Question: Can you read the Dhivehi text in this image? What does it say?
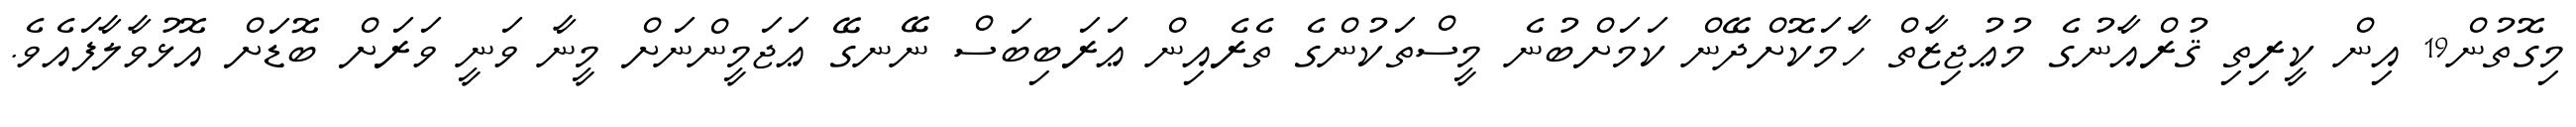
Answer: މިގޮތުން19 އިން ކީރިތި ޤުރްއާނުގެ މުޢުޖިޒާތް ހާމަކޮށްދޭން ކަމަށްބުނެ މީސްތަކުންގެ ތެރެއިން ޢަރަބިބަސް ނޭނގޭ ޢަޖަމީންނަށް މީނާ ވަނީ ވަރަށް ބޮޑަށް އޮޅުވާލާފައެވެ.